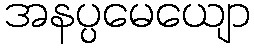
အနပ္ပမေယျော